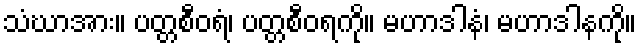
သံဃာအား။ ပတ္တစီဝရံ၊ ပတ္တစီဝရကို။ မဟာဒါနံ၊ မဟာဒါနကို။